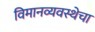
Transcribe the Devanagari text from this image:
विमानव्यवस्थेचा